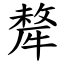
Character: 犛